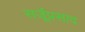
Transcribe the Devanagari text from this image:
सर्जूप्रसाद